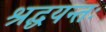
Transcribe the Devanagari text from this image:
श्रद्धयन्तः